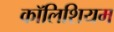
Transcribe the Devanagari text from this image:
कॉलिशियम